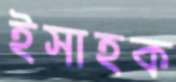
ইসাহক